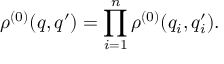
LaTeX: \rho ^ { ( 0 ) } ( q , q ^ { \prime } ) = \prod _ { i = 1 } ^ { n } \rho ^ { ( 0 ) } ( q _ { i } , q _ { i } ^ { \prime } ) .